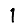
Digit: 1